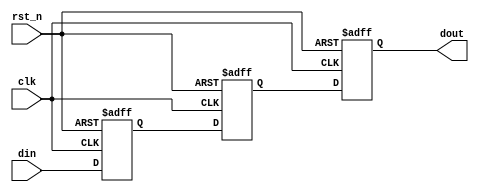
module TwoFF_Metastability_Detector (
    input wire clk,        // Clock signal
    input wire rst_n,     // Active low reset signal
    input wire din,       // Input signal to be monitored
    output reg dout       // Stabilized output signal
);

// Internal flip-flops
reg ff1;                // First flip-flop
reg ff2;                // Second flip-flop

// Sequential logic for the flip-flops
always @(posedge clk or negedge rst_n) begin
    if (!rst_n) begin
        ff1 <= 1'b0;    // Reset FF1 to 0
        ff2 <= 1'b0;    // Reset FF2 to 0
        dout <= 1'b0;   // Reset output to 0
    end else begin
        ff1 <= din;     // Sample input signal
        ff2 <= ff1;     // Sample output of FF1
        dout <= ff2;    // Output the stabilized signal
    end
end

endmodule